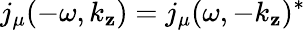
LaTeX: j_{\mu}(-\omega,k_{\mathbf{z}})=j_{\mu}(\omega,-k_{\mathbf{z}})^{*}